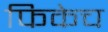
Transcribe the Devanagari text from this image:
फिकेच